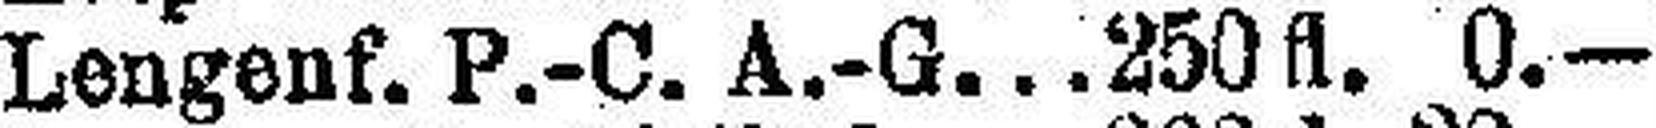
Lengenf. P.-C. A.-G. 250 fl. 0.—